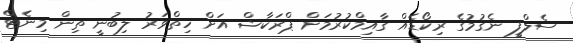
ސެލްފީ ނެގުމުގެ ރިކޯޑެއް ގާއިމްކުރުމަށް ޕްރަކާޝް އަށް ހިތްވަރު ލިބުނީ ތިން މިނެޓް